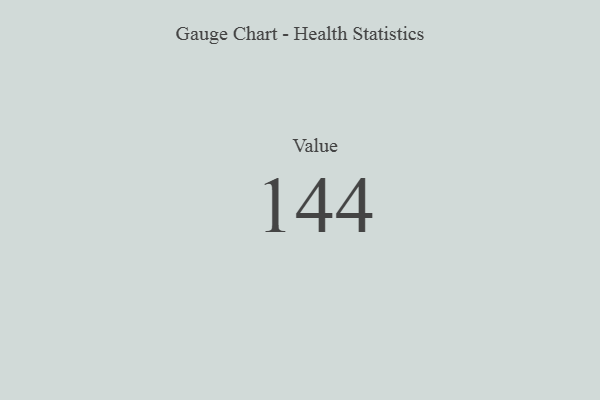
{"axis": {"x": "Metric", "y": "Value"}, "legend": [""], "data": [{"x": "Value", "y": 144, "type": ""}]}